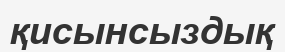
қисынсыздық